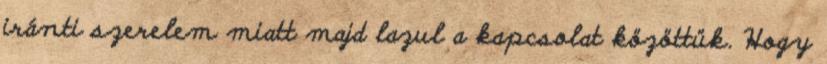
iránti szerelem miatt majd lazul a kapcsolat közöttük. Hogy